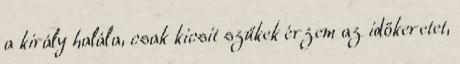
a király halála, csak kicsit szűkek érzem az időkeretet,